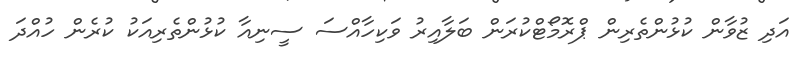
އަދި ޒުވާން ކުޅުންތެރިން ޕްރޮމޯޓްކުރަން ބަލާއިރު ވަކިހާއްސަ ސީނިއާ ކުޅުންތެރިއަކު ކުރެން ހުއްދަ